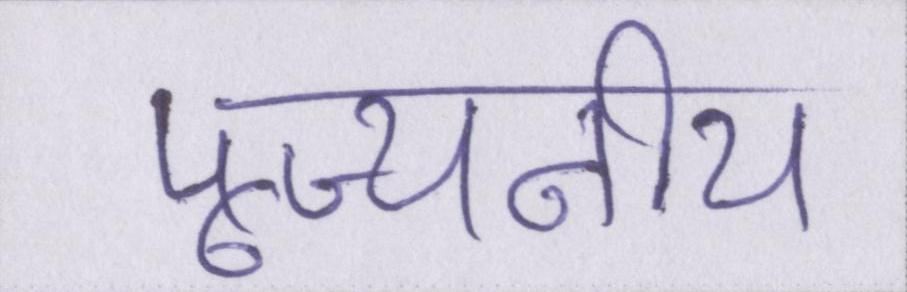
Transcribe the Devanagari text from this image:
पूज्यनीय